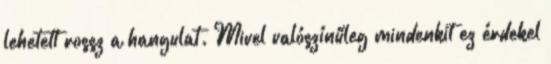
lehetett rossz a hangulat. Mivel valószínűleg mindenkit ez érdekel